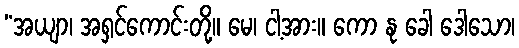
“အယျာ၊ အရှင်ကောင်းတို့။ မေ၊ ငါ့အား။ ကော နု ခေါ ဒေါသော၊